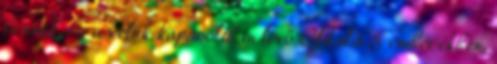
bennük, és a velük kapcsoltban lévő Oldal:4 5 emberekben,